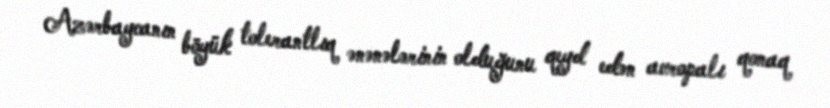
Azərbaycanın böyük tolerantlıq ənənələrinin olduğunu qeyd edən avropalı qonaq